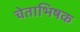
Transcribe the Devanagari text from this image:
चेताभिषक